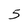
Character: 5